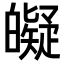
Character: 𤾰